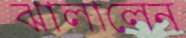
ঝালালেন